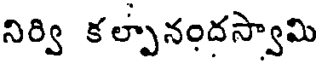
నిర్వి కల్పానందస్వామి